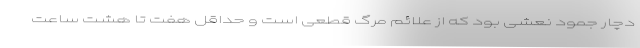
دچار جمود نعشی بود که از علائم مرگ قطعی است و حداقل هفت تا هشت ساعت